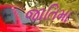
જાતિમા